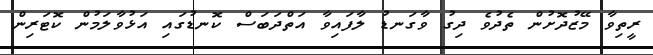
ރީތިވާ މޭޒުދޮށުން ތެދުވެ ދިގު ވާގަނޑު ލާފައިވާ އަތްދަބަސް ކޮނޑުގައި އަޅުވާލަމުން ކޮޓަރިން